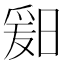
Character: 𬁆